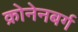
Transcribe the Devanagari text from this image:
क्रोनेनबर्ग